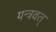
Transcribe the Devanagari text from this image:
यन्त्रवत्